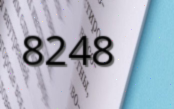
8248